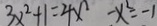
3 x ^ { 2 } + 1 = 4 x ^ { 2 } - x ^ { 2 } = - 1